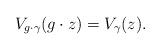
LaTeX: \begin{align*}V_{g\cdot \gamma}(g\cdot z)=V_{\gamma}(z).\end{align*}